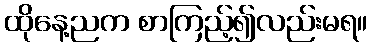
ထိုနေ့ညက စာကြည့်၍လည်းမရ။